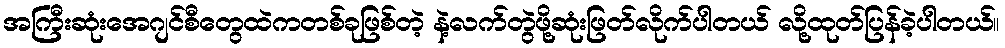
အကြီးဆုံးအေဂျင်စီတွေထဲကတစ်ခုဖြစ်တဲ့ နဲ့လက်တွဲဖို့ဆုံးဖြတ်လိုက်ပါတယ် လို့ထုတ်ပြန်ခဲ့ပါတယ်။